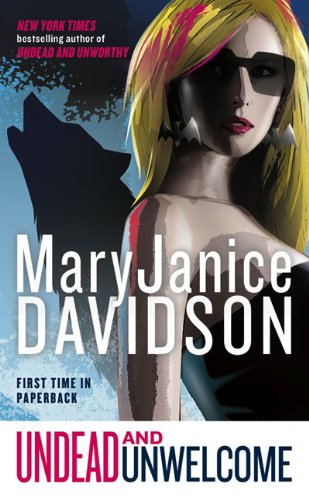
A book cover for Undead and Unwelcome: Queen Betsy; MaryJanice Davidson; Science Fiction & Fantasy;